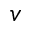
v